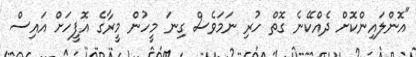
"އޮންލައިންކޮށް ދެއްކޭނެ ގޮތް ހުރި ނަމަވެސް ގިނަ މީހުން މީރާގެ އޮފީހަށް އައިސް